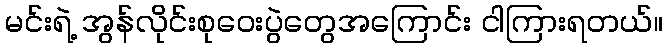
မင်းရဲ့ အွန်လိုင်းစုဝေးပွဲတွေအကြောင်း ငါကြားရတယ်။